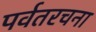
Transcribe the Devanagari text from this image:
पर्वतरचना